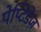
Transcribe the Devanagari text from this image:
पेप्टिडेज़